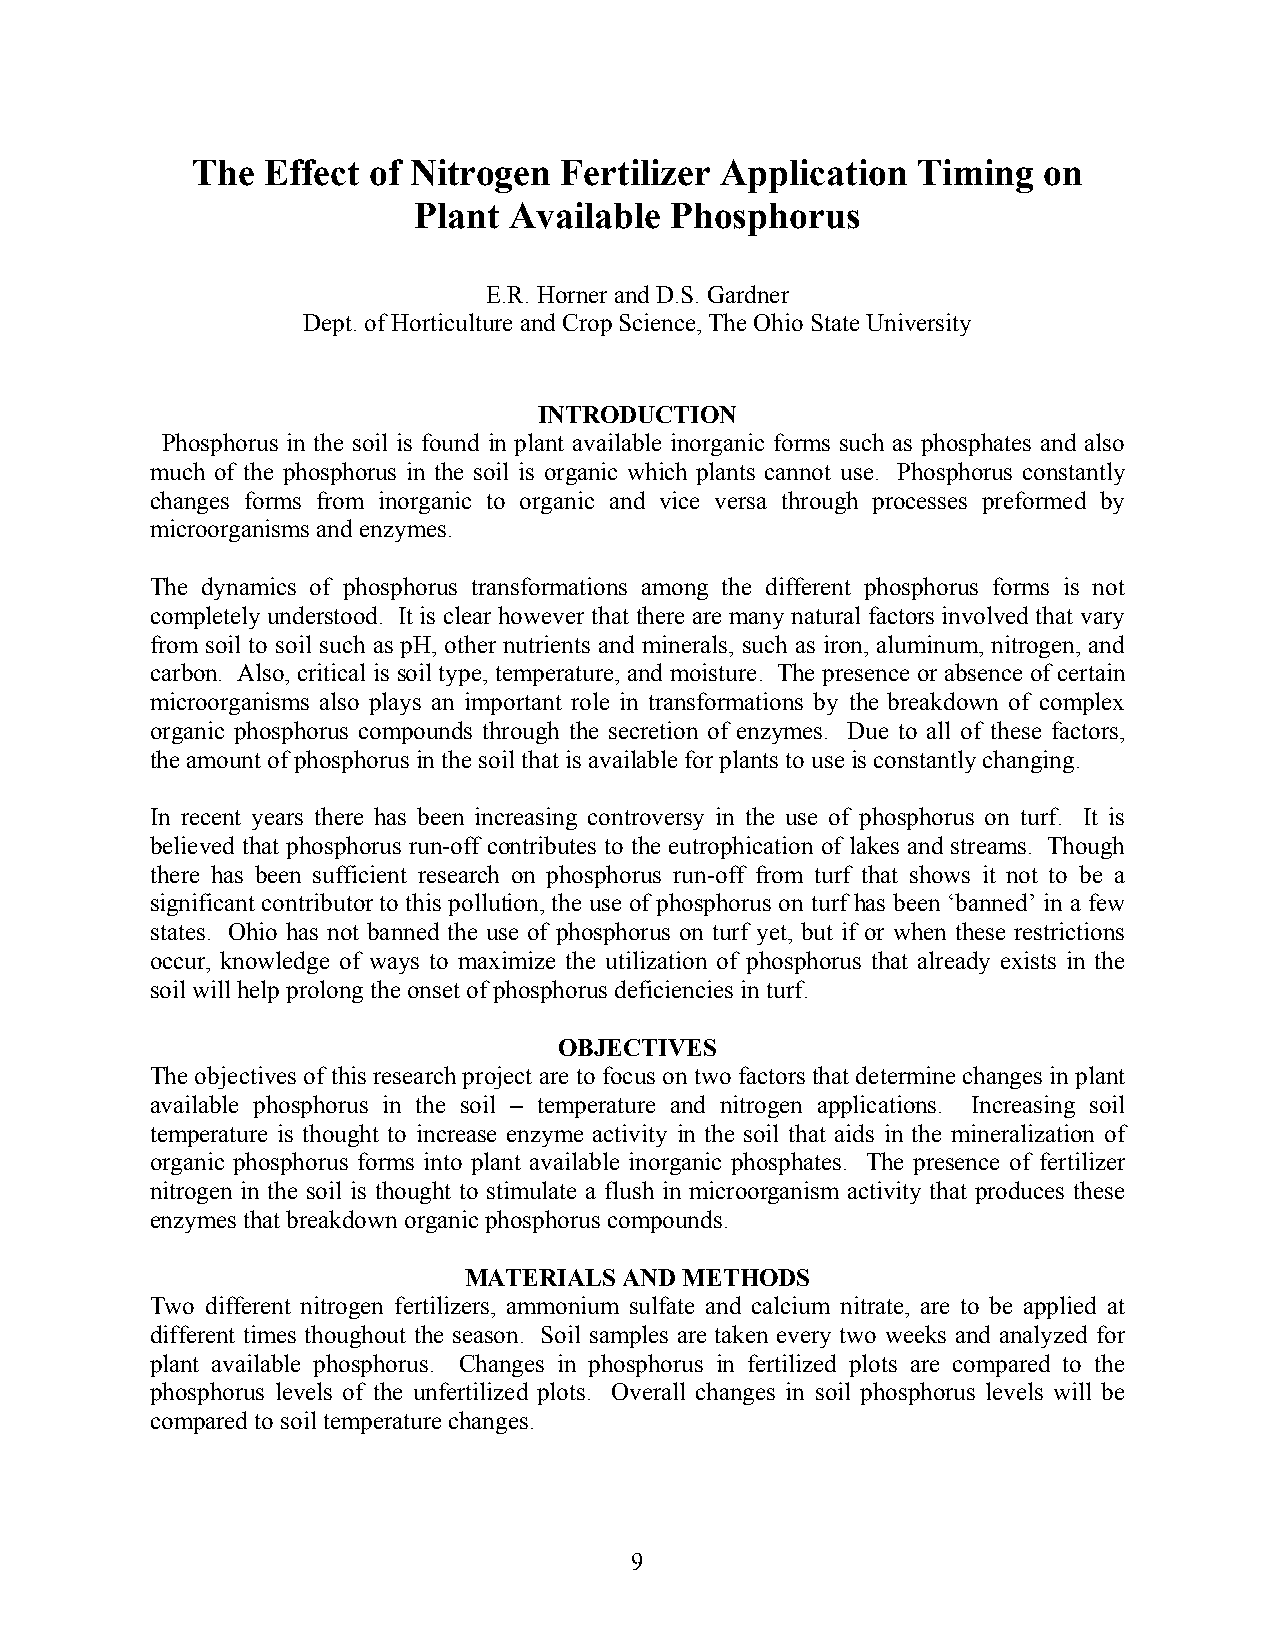
The Effect of Nitrogen  Fertilizer Application  Timing  on
 Plant  Available Phosphorus
 E.R. Horner and D.S. Gardner
 Dept. of Horticulture and Crop Science, The Ohio State University
 INTRODUCTION
 Phosphorus in the soil is found in plant available inorganic forms such as phosphates and also
 much of the phosphorus in the soil is organic which plants cannot use. Phosphorus constantly
 changes forms from inorganic to organic and vice versa through processes preformed by
 microorganisms and enzymes.
 The dynamics of phosphorus transformations among the different phosphorus forms is not
 completely understood. It is clear however that there are many natural factors involved that vary
 from soil to soil such as pH, other nutrients and minerals, such as iron, aluminum, nitrogen, and
 carbon. Also, critical is soil type, temperature, and moisture. The presence or absence of certain
 microorganisms also plays an important role in transformations by the breakdown of complex
 organic phosphorus compounds through the secretion of enzymes. Due to all of these factors,
 the amount of phosphorus in the soil that is available for plants to use is constantly changing.
 In recent years there has been increasing controversy in the use of phosphorus on turf. It is
 believed that phosphorus run-off contributes to the eutrophication of lakes and streams. Though
 there has been sufficient research on phosphorus run-off from turf that shows it not to be a
 significant contributor to this pollution, the use of phosphorus on turf has been ‘banned’ in a few
 states. Ohio has not banned the use of phosphorus on turf yet, but if or when these restrictions
 occur, knowledge of ways to maximize the utilization of phosphorus that already exists in the
 soil will help prolong the onset of phosphorus deficiencies in turf.
 OBJECTIVES
 The objectives of this research project are to focus on two factors that determine changes in plant
 available phosphorus in the soil – temperature and nitrogen applications. Increasing soil
 temperature is thought to increase enzyme activity in the soil that aids in the mineralization of
 organic phosphorus forms into plant available inorganic phosphates. The presence of fertilizer
 nitrogen in the soil is thought to stimulate a flush in microorganism activity that produces these
 enzymes that breakdown organic phosphorus compounds.
 MATERIALS AND METHODS
 Two different nitrogen fertilizers, ammonium sulfate and calcium nitrate, are to be applied at
 different times thoughout the season. Soil samples are taken every two weeks and analyzed for
 plant available phosphorus. Changes in phosphorus in fertilized plots are compared to the
 phosphorus levels of the unfertilized plots. Overall changes in soil phosphorus levels will be
 compared to soil temperature changes.
 9